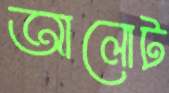
আলোট